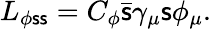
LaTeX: L_{\phi\mathsf{s}\mathsf{s}}=C_{\phi}\bar{{\mathsf{s}}}\gamma_{\mu}\mathsf{s}\phi_{\mu}.